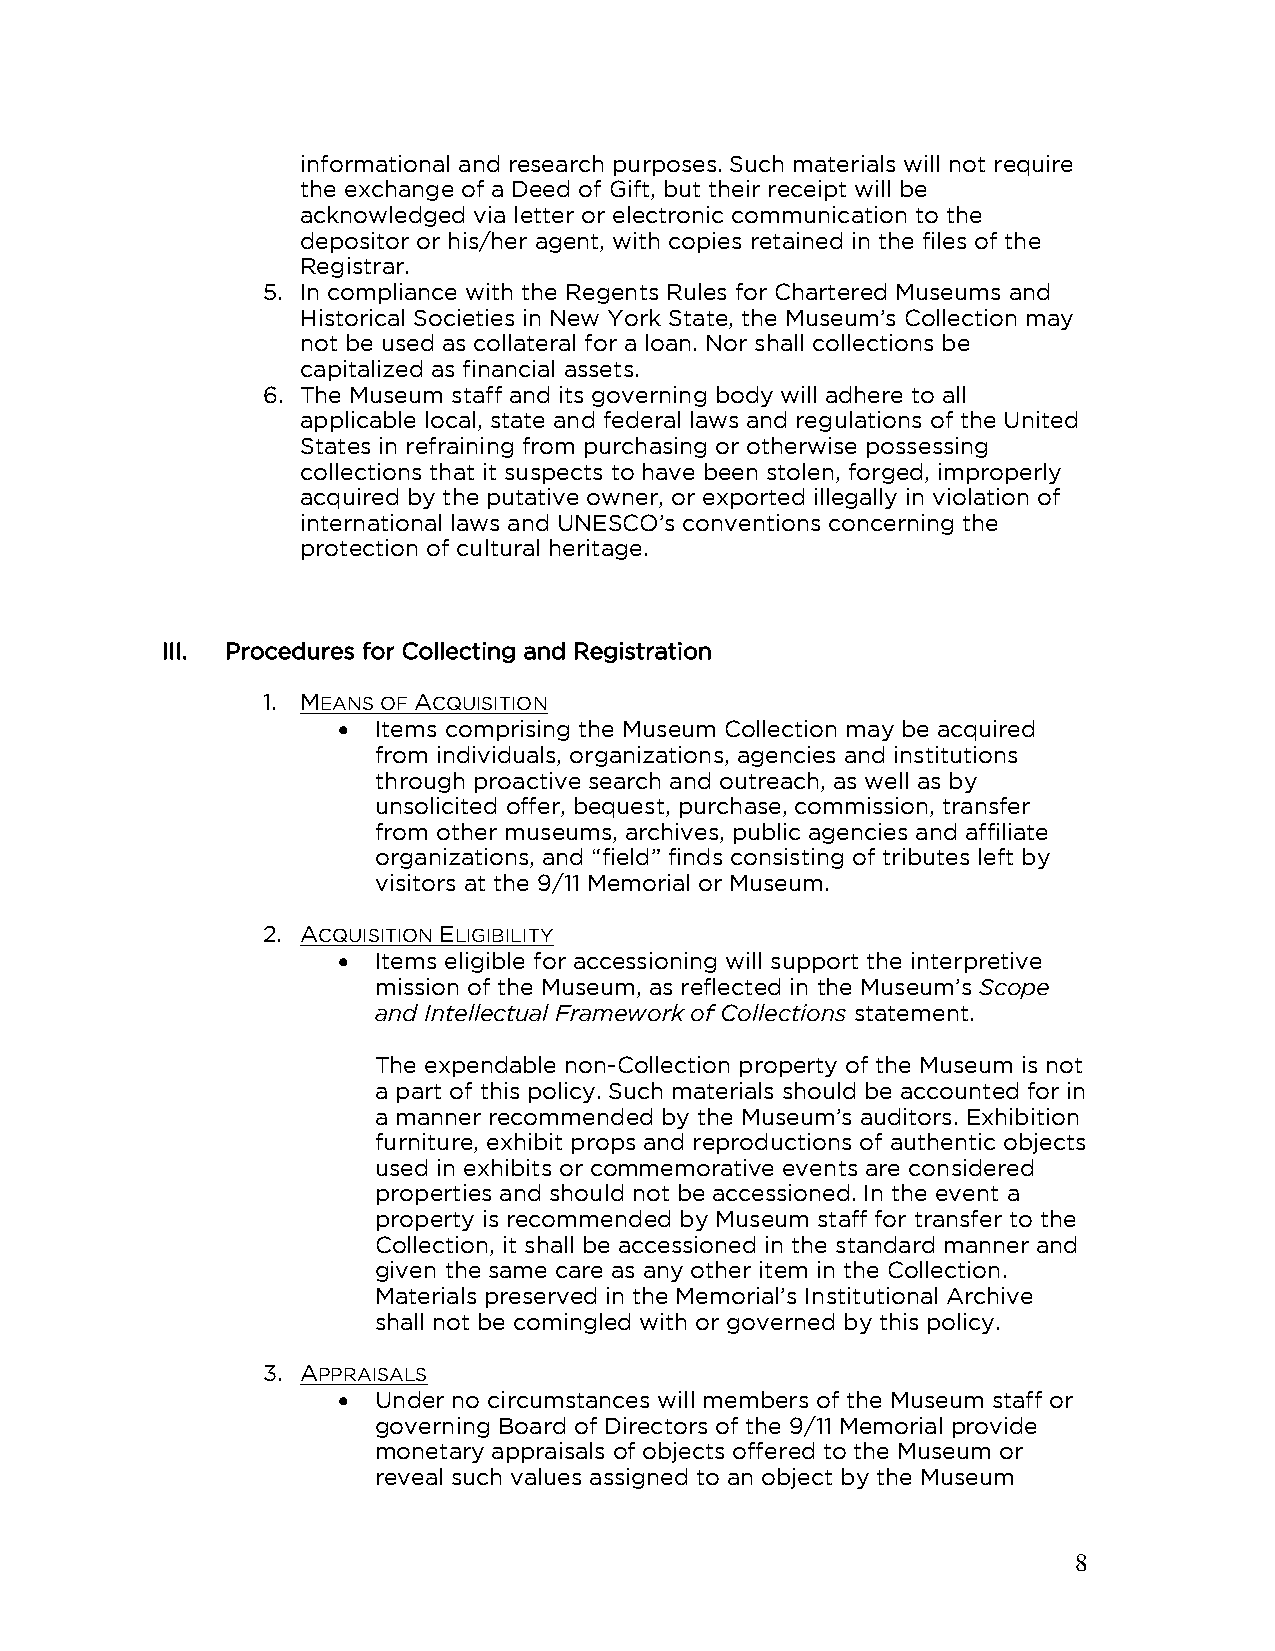
informational and research purposes. Such materials will not require
 the exchange of a Deed of Gift, but their receipt will be
 acknowledged via letter or electronic communication to the
 depositor or his/her agent, with copies retained in the files of the
 Registrar.
 5. In compliance with the Regents Rules for Chartered Museums and
 Historical Societies in New York State, the Museum’s Collection may
 not be used as collateral for a loan. Nor shall collections be
 capitalized as financial assets.
 6. The Museum staff and its governing body will adhere to all
 applicable local, state and federal laws and regulations of the United
 States in refraining from purchasing or otherwise possessing
 collections that it suspects to have been stolen, forged, improperly
 acquired by the putative owner, or exported illegally in violation of
 international laws and UNESCO’s conventions concerning the
 protection of cultural heritage.
 III. Procedures for Collecting and Registration
 1. MEANS OF ACQUISITION
 •  Items comprising the Museum Collection may be acquired
 from individuals, organizations, agencies and institutions
 through proactive search and outreach, as well as by
 unsolicited offer, bequest, purchase, commission, transfer
 from other museums, archives, public agencies and affiliate
 organizations, and “field” finds consisting of tributes left by
 visitors at the 9/11 Memorial or Museum.
 2. ACQUISITION ELIGIBILITY
 •  Items eligible for accessioning will support the interpretive
 mission of the Museum, as reflected in the Museum’s Scope
 and Intellectual Framework of Collections statement.
 The expendable non-Collection property of the Museum is not
 a part of this policy. Such materials should be accounted for in
 a manner recommended by the Museum’s auditors. Exhibition
 furniture, exhibit props and reproductions of authentic objects
 used in exhibits or commemorative events are considered
 properties and should not be accessioned. In the event a
 property is recommended by Museum staff for transfer to the
 Collection, it shall be accessioned in the standard manner and
 given the same care as any other item in the Collection.
 Materials preserved in the Memorial’s Institutional Archive
 shall not be comingled with or governed by this policy.
 3. APPRAISALS
 •  Under no circumstances will members of the Museum staff or
 governing Board of Directors of the 9/11 Memorial provide
 monetary appraisals of objects offered to the Museum or
 reveal such values assigned to an object by the Museum
 8